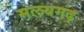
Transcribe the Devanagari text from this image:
मलयगढ़